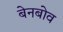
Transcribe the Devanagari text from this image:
बेनबोव